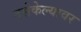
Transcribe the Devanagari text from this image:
तसेकेल्यावर